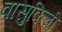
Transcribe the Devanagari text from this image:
वासुकिची